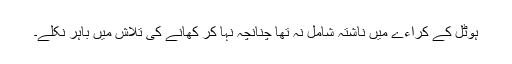
ہوٹل کے کراءے میں ناشتہ شامل نہ تھا چنانچہ نہا کر کھانے کی تلاش میں باہر نکلے۔